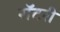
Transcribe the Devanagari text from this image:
रॉटरी